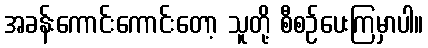
အခန်းကောင်းကောင်းတော့ သူတို့ စီစဉ်ပေးကြမှာပါ။